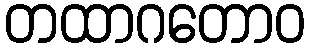
တထာဂတောဝ